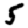
Digit: 5